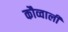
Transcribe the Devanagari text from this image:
कौव्वाली